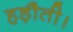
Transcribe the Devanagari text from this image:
हड़ौती।